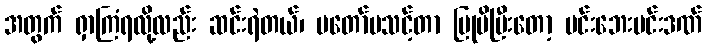
အတွက် ရှာကြံရလို့လည်း ဆင်းရဲတယ်၊ မတော်မသင့်တာ ပြုမိပြီးတော့ မင်းဘေးမင်းဒဏ်